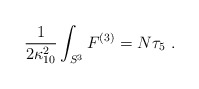
\begin{align*} \frac1{2\kappa_{10}^2} \int_{S^3} F^{(3)} = N \tau_5~.\end{align*}